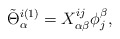
\begin{align*}\tilde\Theta ^{i(1)}_\alpha =X_{\alpha \beta }^{ij}\phi _j^\beta ,\end{align*}